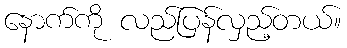
နောက်ကို လည်ပြန်လှည့်တယ်။